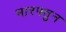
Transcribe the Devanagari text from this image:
मारफ्तुन